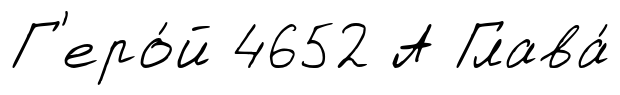
Г'еро́й 4652 А Глава́